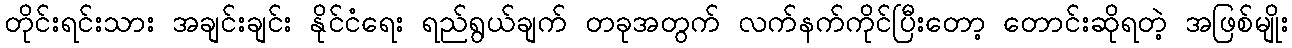
တိုင်းရင်းသား အချင်းချင်း နိုင်ငံရေး ရည်ရွယ်ချက် တခုအတွက် လက်နက်ကိုင်ပြီးတော့ တောင်းဆိုရတဲ့ အဖြစ်မျိုး